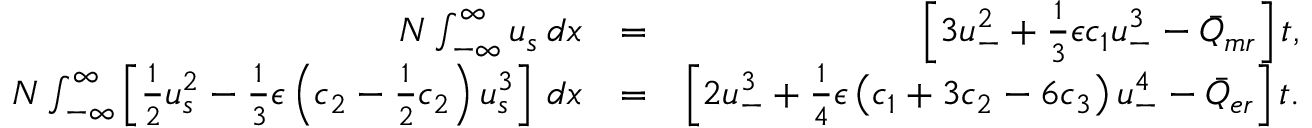
\begin{array} { r l r } { N \int _ { - \infty } ^ { \infty } u _ { s } \: d x } & { = } & { \left[ 3 u _ { - } ^ { 2 } + \frac { 1 } { 3 } \epsilon c _ { 1 } u _ { - } ^ { 3 } - \bar { Q } _ { m r } \right] t , } \\ { N \int _ { - \infty } ^ { \infty } \left[ \frac { 1 } { 2 } u _ { s } ^ { 2 } - \frac { 1 } { 3 } \epsilon \left( c _ { 2 } - \frac { 1 } { 2 } c _ { 2 } \right) u _ { s } ^ { 3 } \right] \: d x } & { = } & { \left[ 2 u _ { - } ^ { 3 } + \frac { 1 } { 4 } \epsilon \left( c _ { 1 } + 3 c _ { 2 } - 6 c _ { 3 } \right) u _ { - } ^ { 4 } - \bar { Q } _ { e r } \right] t . } \end{array}